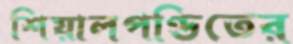
শিয়ালপণ্ডিতের